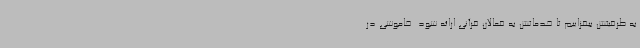
به ظرفیتش بیفزاییم تا خدماتش به فعالان قرآنی ارائه شود. خاموشی در